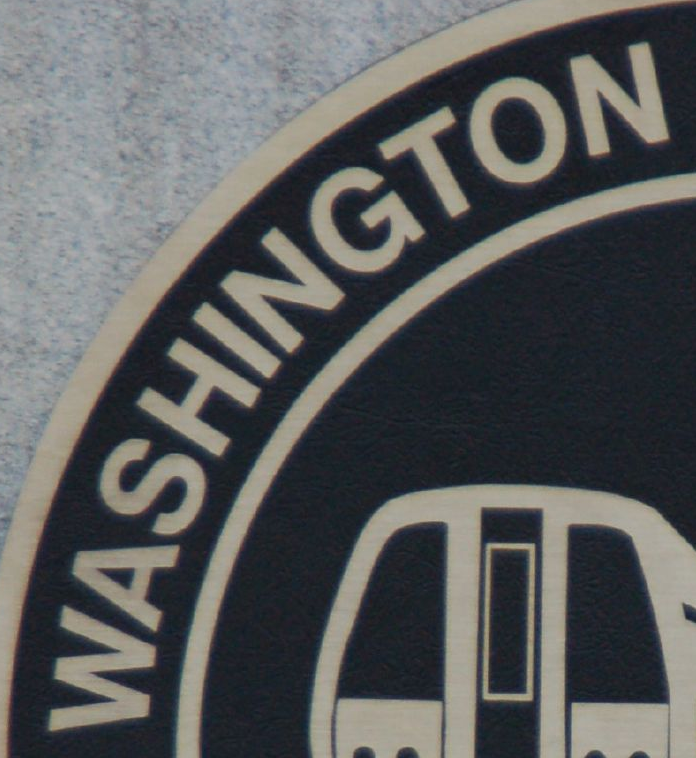
WASHINGTON